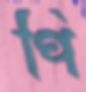
পি